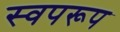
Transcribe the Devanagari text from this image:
स्वपरूप